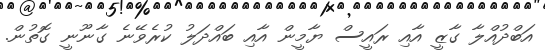
އަބްދުއްލާ ގާޒީ އާއި ރައީސް ޔާމީން އާއި ބައްދަލު ކުރެވޭނެ ގާނޫނީ ގޮތުން.